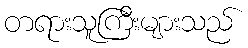
တရားသူကြီးများသည်